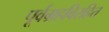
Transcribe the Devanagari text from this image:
पूर्वग्रहविरहित